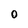
Character: O